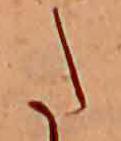
た